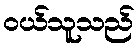
ဝယ်သူသည်